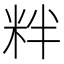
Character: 䉽